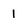
Character: 1